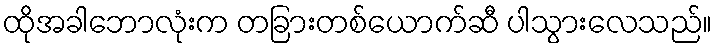
ထိုအခါဘောလုံးက တခြားတစ်ယောက်ဆီ ပါသွားလေသည်။